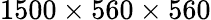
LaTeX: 1500\times 560\times 560